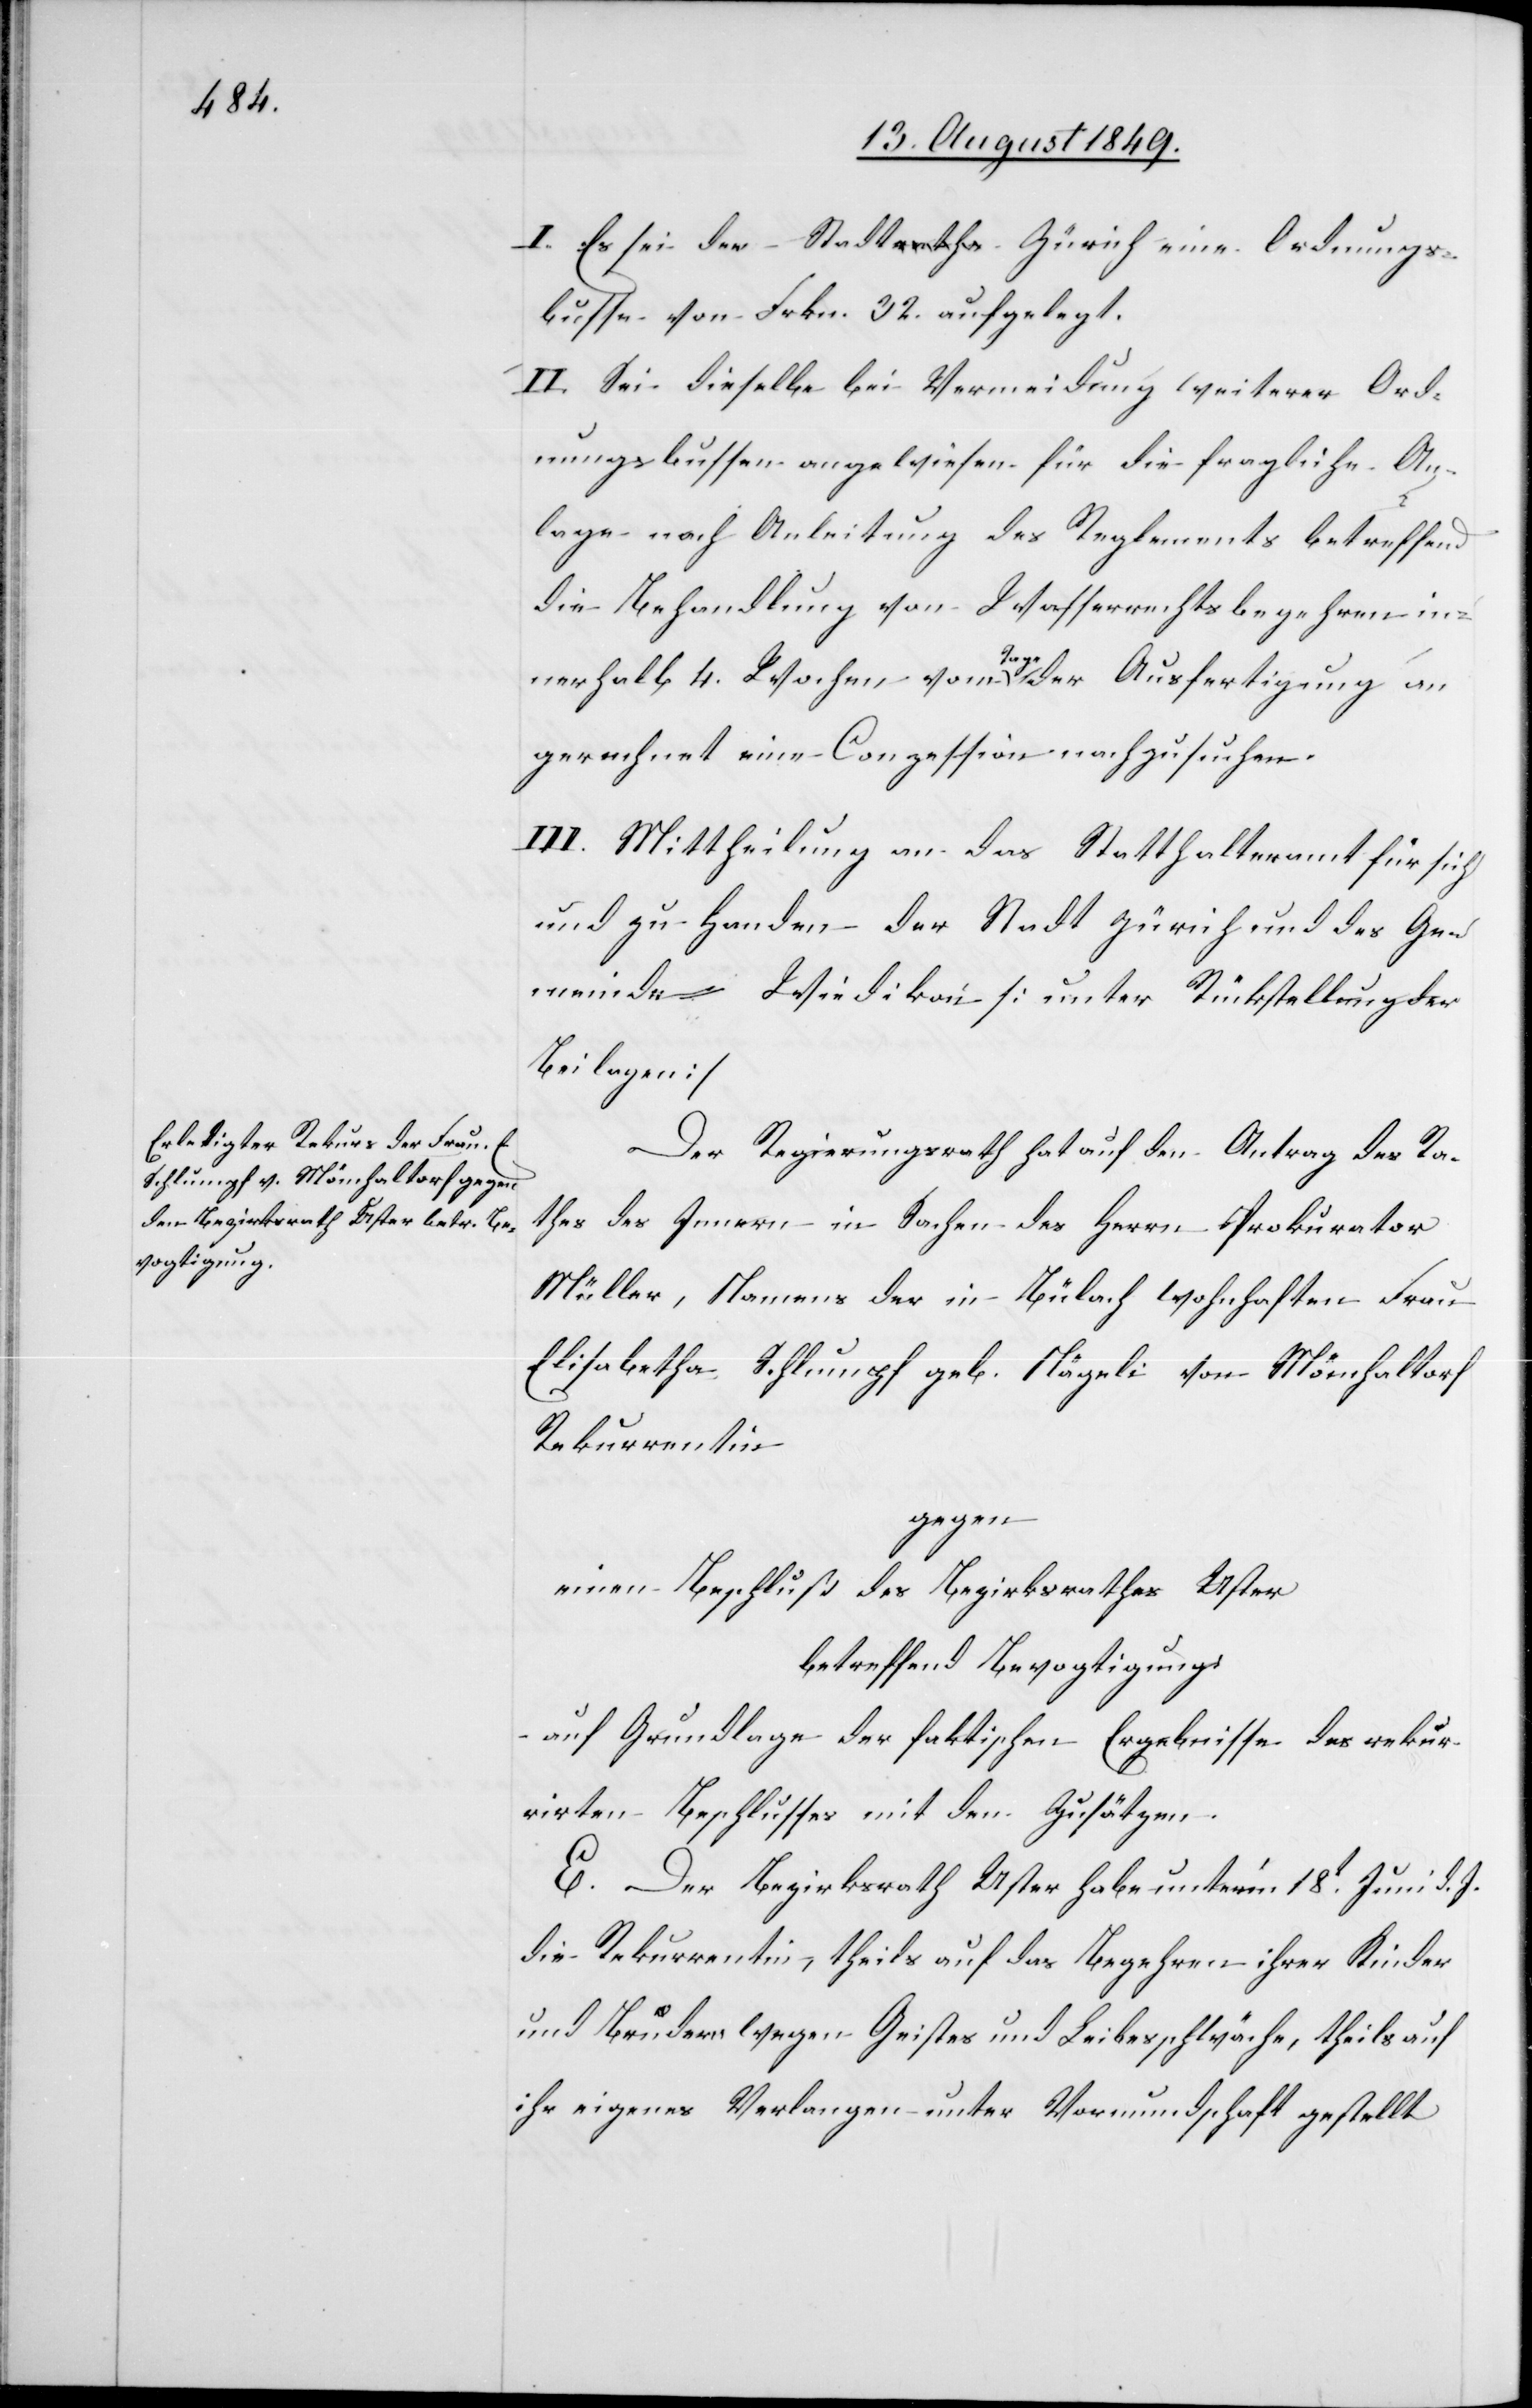
I. Es sei der Stadt Zürich eine Ordnungs¬
busse von Frkn. 32. aufgelegt.
II. Sei dieselbe bei Vermeidung weiterer Ord¬
nungsbussen angewiesen für die fragliche An¬
lage nach Anleitung des Reglements betreffend
die Behandlung von Wasserrechtsbegehren in¬
Ge¬
nerhalb 4. Wochen vom a-Tage-a der Ausfertigung an
gerechnet eine Conzession nachzusuchen.
III. Mittheilung an das Statthalteramt für sich
und zu Handen der Stadt Zürich und des [si¬
meinde Wiedikon [unter Rückstellung der
Beilagen][.]
Der Regierungsrath hat auf den Antrag des Ra¬
thes des Innern in Sachen des Herrn Prokurator
Müller, Namens der in Bülach wohnhaften Frau
Elisabetha Schlumpf geb. Nägeli von Mönchaltorf
Rekurrentin
gegen
einen Beschluß des Bezirksrathes Uster
betreffend Bevogtigung
auf Grundlage der faktischen Ergebnisse des rekur¬
rirten Beschlusses mit den Zusätzen.
E. Der Bezirksrath Uster habe unter’m 18t Juni d. J.
die Rekurrentin, theils auf das Begehren ihrer Kinder
und Brüdern wegen Geistes und Leibesschwäche, theils auf
ihr eigenes Verlangen unter Vormundschaft gestellt